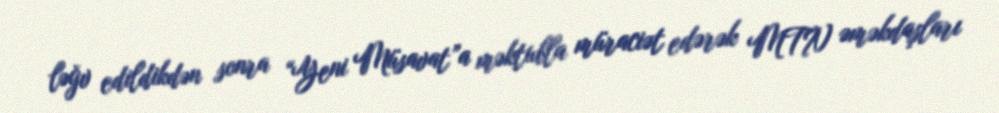
ləğv edildikdən sonra “Yeni Müsavat”a məktubla müraciət edərək MTN əməkdaşları